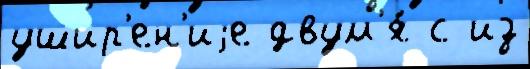
ушир'ен'иjе двум'я́ с из